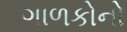
ગાળકોનો